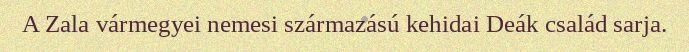
A Zala vármegyei nemesi származású kehidai Deák család sarja.